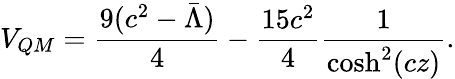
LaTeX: V_{QM}=\frac{9(c^{2}-\bar{\Lambda})}{4}-\frac{15c^{2}}{4}\frac{1}{\cosh^{2}(cz)}.